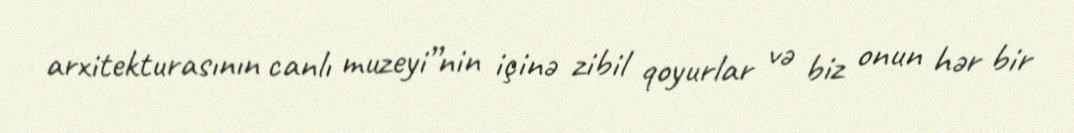
arxitekturasının canlı muzeyi”nin içinə zibil qoyurlar və biz onun hər bir